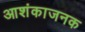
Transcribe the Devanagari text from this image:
आशंकाजनक